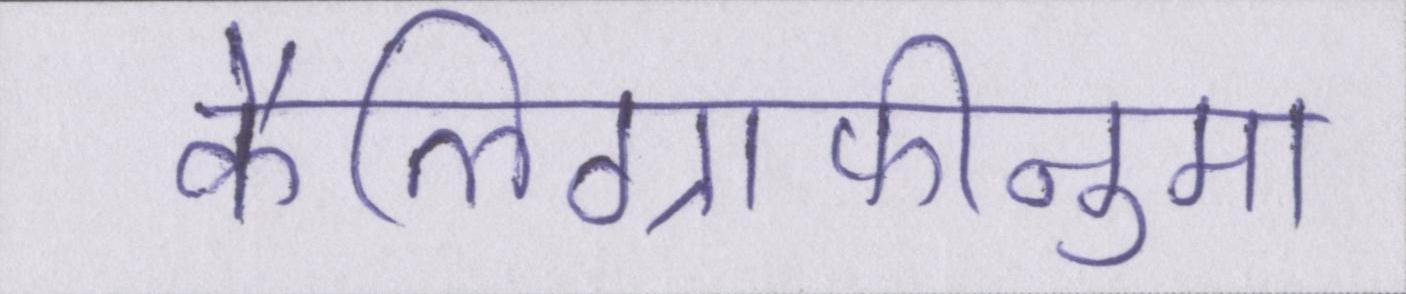
कैलिग्राफीनुमा